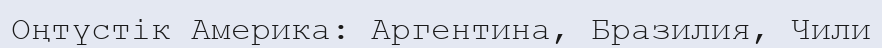
Оңтүстік Америка: Аргентина, Бразилия, Чили